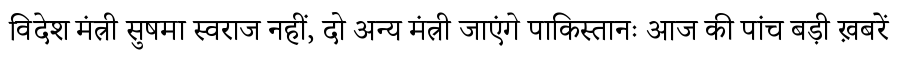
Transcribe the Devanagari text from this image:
विदेश मंत्री सुषमा स्वराज नहीं, दो अन्य मंत्री जाएंगे पाकिस्तानः आज की पांच बड़ी ख़बरें